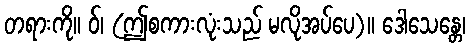
တရားကို။ ဝ်၊ (ဤစကားလုံးသည် မလိုအပ်ပေ)။ ဒေါသေန္တေ၊